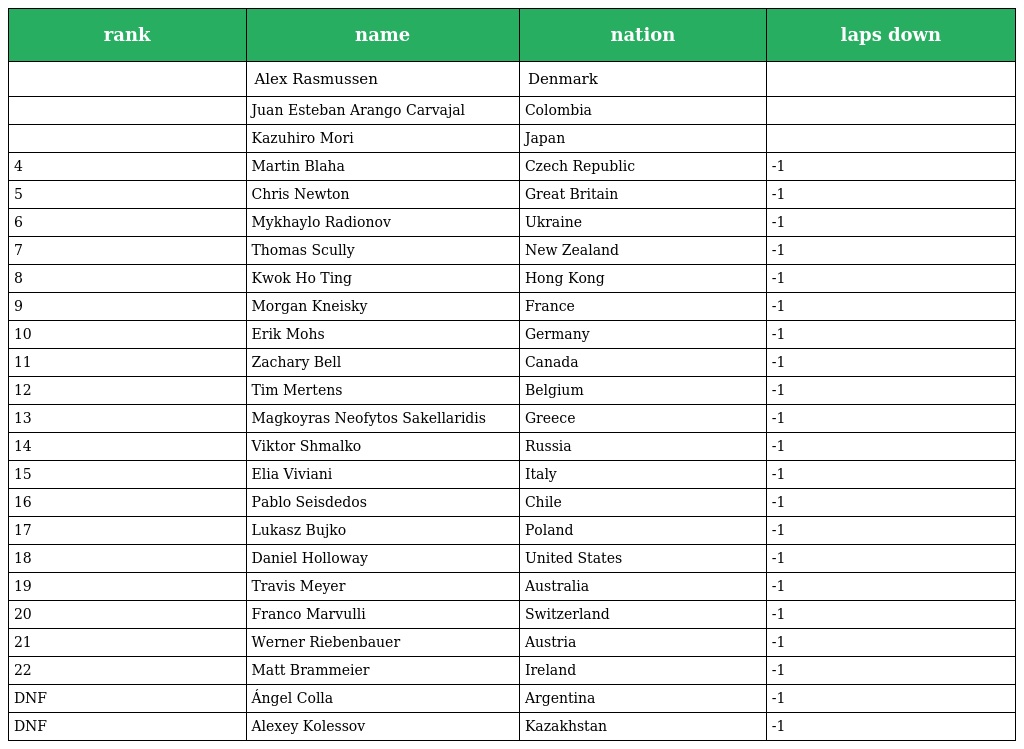
| rank | name | nation | laps down |
 | --- | --- | --- | --- |
 |  | Alex Rasmussen | Denmark |  |
 |  | Juan Esteban Arango Carvajal | Colombia |  |
 |  | Kazuhiro Mori | Japan |  |
 | 4 | Martin Blaha | Czech Republic | -1 |
 | 5 | Chris Newton | Great Britain | -1 |
 | 6 | Mykhaylo Radionov | Ukraine | -1 |
 | 7 | Thomas Scully | New Zealand | -1 |
 | 8 | Kwok Ho Ting | Hong Kong | -1 |
 | 9 | Morgan Kneisky | France | -1 |
 | 10 | Erik Mohs | Germany | -1 |
 | 11 | Zachary Bell | Canada | -1 |
 | 12 | Tim Mertens | Belgium | -1 |
 | 13 | Magkoyras Neofytos Sakellaridis | Greece | -1 |
 | 14 | Viktor Shmalko | Russia | -1 |
 | 15 | Elia Viviani | Italy | -1 |
 | 16 | Pablo Seisdedos | Chile | -1 |
 | 17 | Lukasz Bujko | Poland | -1 |
 | 18 | Daniel Holloway | United States | -1 |
 | 19 | Travis Meyer | Australia | -1 |
 | 20 | Franco Marvulli | Switzerland | -1 |
 | 21 | Werner Riebenbauer | Austria | -1 |
 | 22 | Matt Brammeier | Ireland | -1 |
 | DNF | Ángel Colla | Argentina | -1 |
 | DNF | Alexey Kolessov | Kazakhstan | -1 |